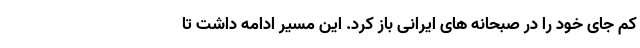
کم جای خود را در صبحانه های ایرانی باز کرد. این مسیر ادامه داشت تا